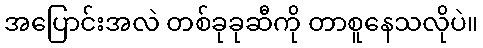
အပြောင်းအလဲ တစ်ခုခုဆီကို တာစူနေသလိုပဲ။